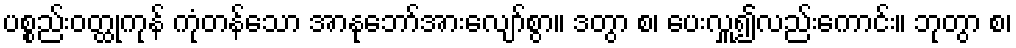
ပစ္စည်းဝတ္ထုကုန် ကုံတန်သော အာနုဘော်အားလျော်စွာ။ ဒတွာ စ၊ ပေးလှူ၍လည်းကောင်း။ ဘုတွာ စ၊